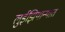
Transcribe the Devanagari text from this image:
लुईझियान्यात